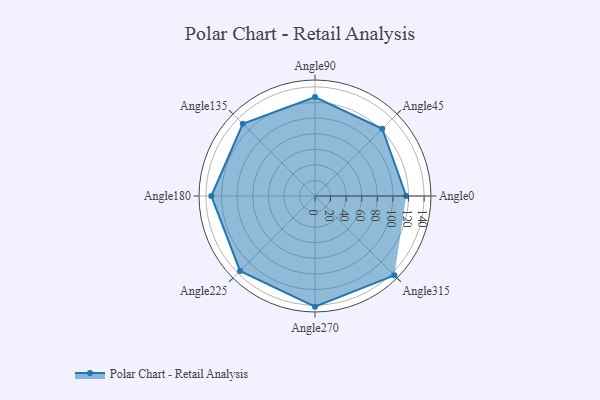
{"axis": {"x": "Angle", "y": "Radius"}, "legend": [""], "data": [{"x": "Angle0", "y": 117.0, "type": ""}, {"x": "Angle45", "y": 122.0, "type": ""}, {"x": "Angle90", "y": 127.0, "type": ""}, {"x": "Angle135", "y": 131.0, "type": ""}, {"x": "Angle180", "y": 133.0, "type": ""}, {"x": "Angle225", "y": 136.0, "type": ""}, {"x": "Angle270", "y": 142.0, "type": ""}, {"x": "Angle315", "y": 144.0, "type": ""}]}